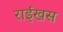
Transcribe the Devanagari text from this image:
राईखस